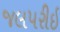
જલપરીઇ